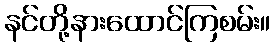
နင်တို့နားထောင်ကြစမ်း။